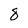
Character: 8